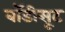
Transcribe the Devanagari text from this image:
बॉडीसूट